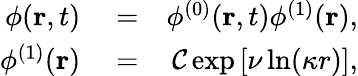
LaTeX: \begin{array}{rlr}{\phi(\mathbf{r},t)}&{{}=}&{\phi^{(0)}(\mathbf{r},t)\phi^{(1)}(\mathbf{r}),}\\ {\phi^{(1)}(\mathbf{r})}&{{}=}&{{\cal C}\exp\left[\nu\ln(\kappa r)\right],}\end{array}